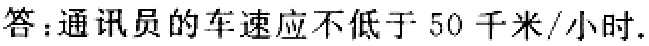
答：通讯员的车速应不低于 50 千米/小时.